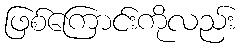
ဖြစ်ကြောင်းကိုလည်း